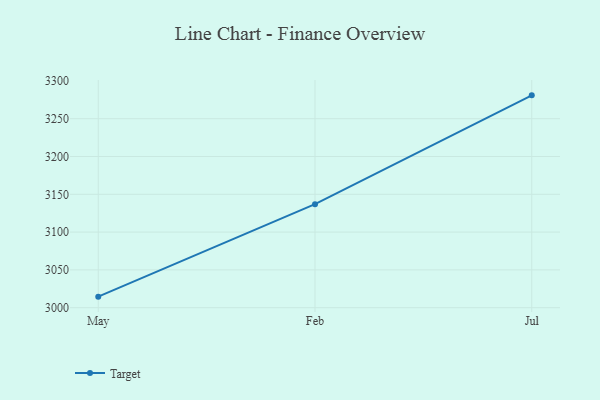
{"axis": {"x": "Month", "y": "Population (Million)"}, "legend": ["Target"], "data": [{"x": "May", "y": 3014.6, "type": "Target"}, {"x": "Feb", "y": 3136.9, "type": "Target"}, {"x": "Jul", "y": 3280.9, "type": "Target"}]}